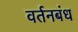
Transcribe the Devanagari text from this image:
वर्तनबंध